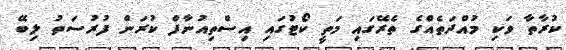
ކުރާތާ ވަކި މުއްދަތެއްގެ ތެރޭގައި މަތީ ކޯޓުގައި އިސްތިއުނާފް ކުރަން ފުރުސަތު ލިބޭ